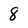
Character: 8